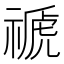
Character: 禠